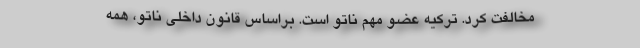
مخالفت کرد. ترکیه عضو مهم ناتو است. براساس قانون داخلی ناتو، همه